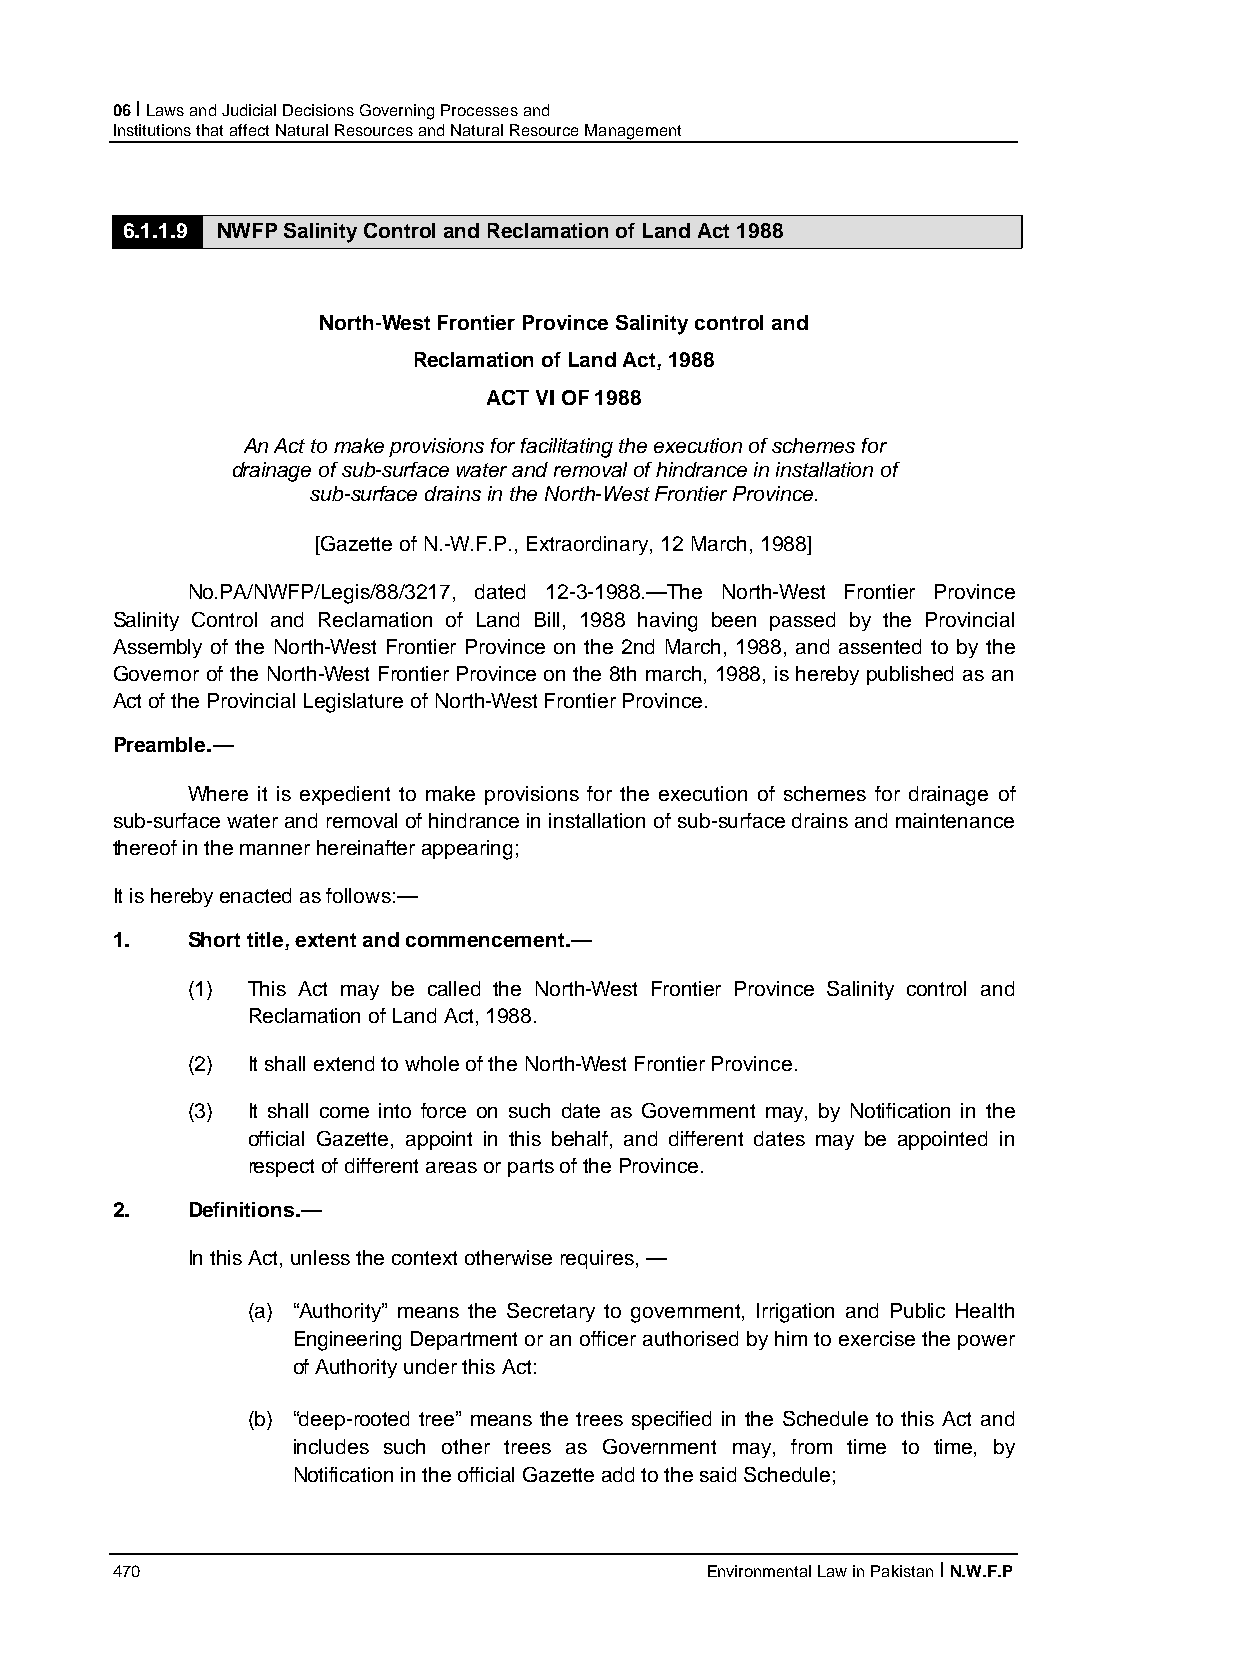
06 I Laws and Judicial Decisions Governing Processes and
 Institutions that affect Natural Resources and Natural Resource Management
 6.1.1.9 NWFP Salinity Control and Reclamation of Land Act 1988
 North-West Frontier Province Salinity control and
 Reclamation of Land Act, 1988
 ACT VI OF 1988
 An Act to make provisions for facilitating the execution of schemes for
 drainage of sub-surface water and removal of hindrance in installation of
 sub-surface drains in the North-West Frontier Province.
 [Gazette of N.-W.F.P., Extraordinary, 12 March, 1988]
 No.PA/NWFP/Legis/88/3217, dated 12-3-1988.—The North-West Frontier Province
 Salinity Control and Reclamation of Land Bill, 1988 having been passed by the Provincial
 Assembly of the North-West Frontier Province on the 2nd March, 1988, and assented to by the
 Governor of the North-West Frontier Province on the 8th march, 1988, is hereby published as an
 Act of the Provincial Legislature of North-West Frontier Province.
 Preamble.—
 Where it is expedient to make provisions for the execution of schemes for drainage of
 sub-surface water and removal of hindrance in installation of sub-surface drains and maintenance
 thereof in the manner hereinafter appearing;
 It is hereby enacted as follows:—
 1.   Short title, extent and commencement.—
 (1) This Act may be called the North-West Frontier Province Salinity control and
 Reclamation of Land Act, 1988.
 (2) It shall extend to whole of the North-West Frontier Province.
 (3) It shall come into force on such date as Government may, by Notification in the
 official Gazette, appoint in this behalf, and different dates may be appointed in
 respect of different areas or parts of the Province.
 2.   Definitions.—
 In this Act, unless the context otherwise requires, —
 (a) “Authority” means the Secretary to government, Irrigation and Public Health
 Engineering Department or an officer authorised by him to exercise the power
 of Authority under this Act:
 (b) “deep-rooted tree” means the trees specified in the Schedule to this Act and
 includes such other trees as Government may, from time to time, by
 Notification in the official Gazette add to the said Schedule;
 470                                     Environmental Law in Pakistan I N.W.F.P